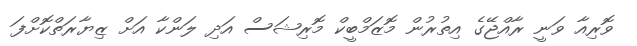
ވޮރިއާ ވަނީ ރާއްޖޭގެ އިތުރުން މޮޒަމްބީކް މޮރިޝަސް އަދި ލަންކާ އަށް ޒިޔާރަތްކޮށްފަ